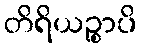
တိရိယဉ္စာပိ